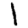
Digit: 1